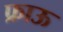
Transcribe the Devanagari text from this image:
फ्राऊ